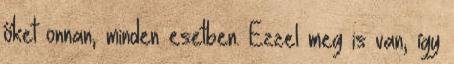
őket onnan, minden esetben. Ezzel meg is van, így